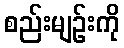
စည်းမျဉ်းကို